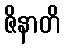
ဇိနာတိ